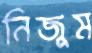
নিজুম